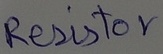
Text: Resistor